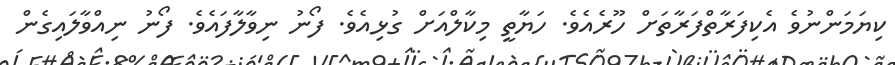
ކިޔަމަންނުވެ އެކިފަރާތްފަރާތަށް ހޫރެއެވެ. ހަޔާތީ މިކާލްއަށް ގުޅިއެވެ. ފޯނު ނިވާލާފައެވެ. ފޯނު ނިއްވާލައިގެން